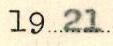
1921